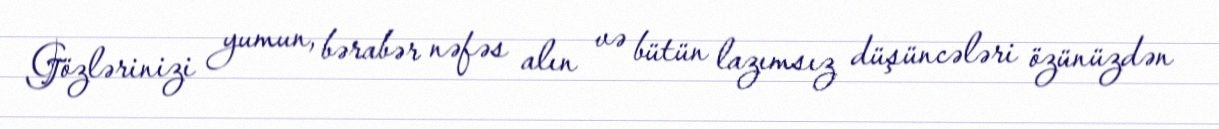
Gözlərinizi yumun, bərabər nəfəs alın və bütün lazımsız düşüncələri özünüzdən